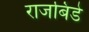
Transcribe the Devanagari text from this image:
राजबिंडे